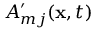
A _ { m j } ^ { \prime } ( \mathbf { x } , t )